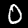
Digit: 0